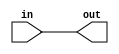
`timescale 1ns / 1ps
//////////////////////////////////////////////////////////////////////////////////
// Company: 
// Engineer: 
// 
// Design Name: 
// Module Name: RGB_LED
// Project Name: 
// Target Devices: 
// Tool Versions: 
// Description: 
// 
// Dependencies: 
// 
// Revision:
// Revision 0.01 - File Created
// Additional Comments:
// 
//////////////////////////////////////////////////////////////////////////////////


module RGB_LED(

   
   in, out
    
    );
    
    input wire [2:0] in;
    output reg [2:0] out;
   
    
  always@(*)
        begin
        
        
        out = in;
        
        
        
        
        end
endmodule